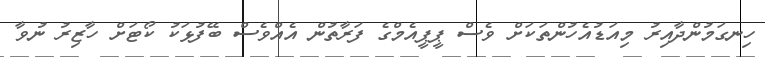
ހިނގަމުންދާއިރު މިއަޑުއެހުންތަކަށް ވެސް ޕީޕީއެމްގެ ފަރާތުން އެއްވެސް ބޭފުޅަކު ކޯޓަށް ހާޒިރު ނުވާ